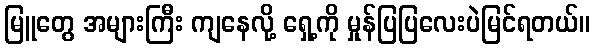
မြူတွေ အများကြီး ကျနေလို့ ရှေ့ကို မှုန်ပြပြလေးပဲမြင်ရတယ်။